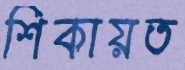
শিকায়ত